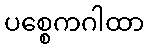
ပစ္စေကဂါထာ